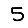
Digit: 5